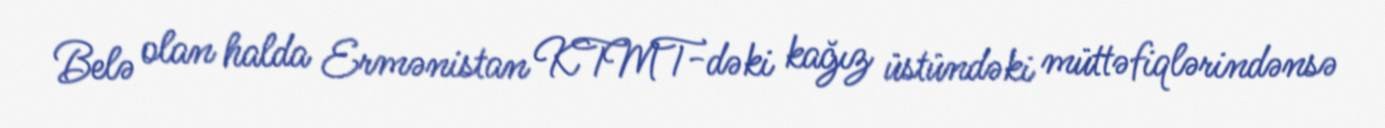
Belə olan halda Ermənistan KTMT-dəki kağız üstündəki müttəfiqlərindənsə